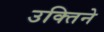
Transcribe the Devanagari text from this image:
उक्तिने